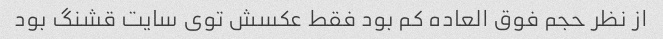
از نظر حجم فوق العاده کم بود فقط عکسش توی سایت قشنگ بود